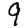
Digit: 9